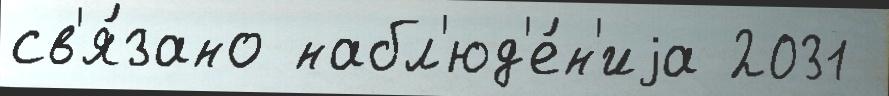
св'я́зано набл'юд'е́н'иjа 2031